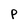
Character: P